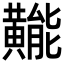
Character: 𪏛